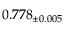
0 . 7 7 8 _ { \pm 0 . 0 0 5 }